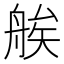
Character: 𦩈